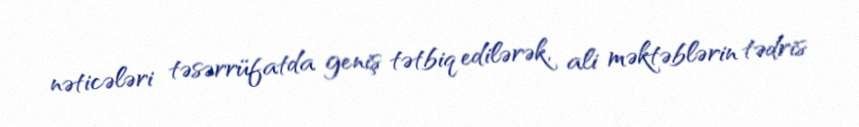
nəticələri təsərrüfatda geniş tətbiq edilərək, ali məktəblərin tədris